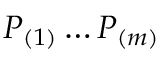
P _ { ( 1 ) } \ldots P _ { ( m ) }